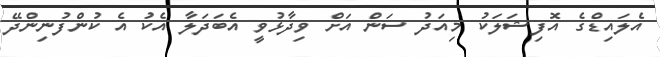
އެލައިޑްގެ އޮފިޝަލަކު މިއަދު ސަން އަށް ވިދާޅުވީ އެބަދަލާ އެކު އެ ކުންފުނިންދޭ